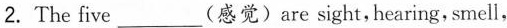
2.The five___(感觉)are sight,hearing, smell,